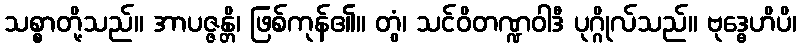
သစ္စာတို့သည်။ အာပဇ္ဇန္တိ၊ ဖြစ်ကုန်၏။ တွံ၊ သင်ဝိတဏ္ဍဝါဒီ ပုဂ္ဂိုလ်သည်။ ဗုဒ္ဓေဟိပိ၊